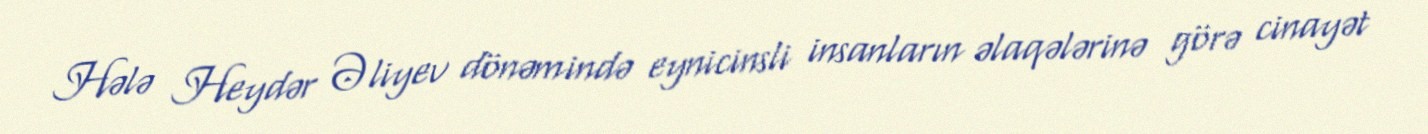
Hələ Heydər Əliyev dönəmində eynicinsli insanların əlaqələrinə görə cinayət